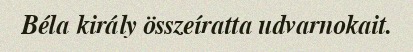
Béla király összeíratta udvarnokait.